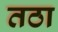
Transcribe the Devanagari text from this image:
तठा